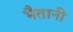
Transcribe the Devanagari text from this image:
भैतानी